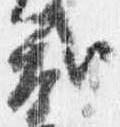
弐